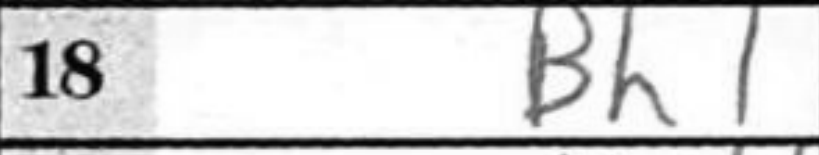
Transcription: Bh1